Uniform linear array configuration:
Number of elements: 16
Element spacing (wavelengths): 1
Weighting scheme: binomial
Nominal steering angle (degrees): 30
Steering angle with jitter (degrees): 29.469
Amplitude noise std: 0.05
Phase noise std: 0.05

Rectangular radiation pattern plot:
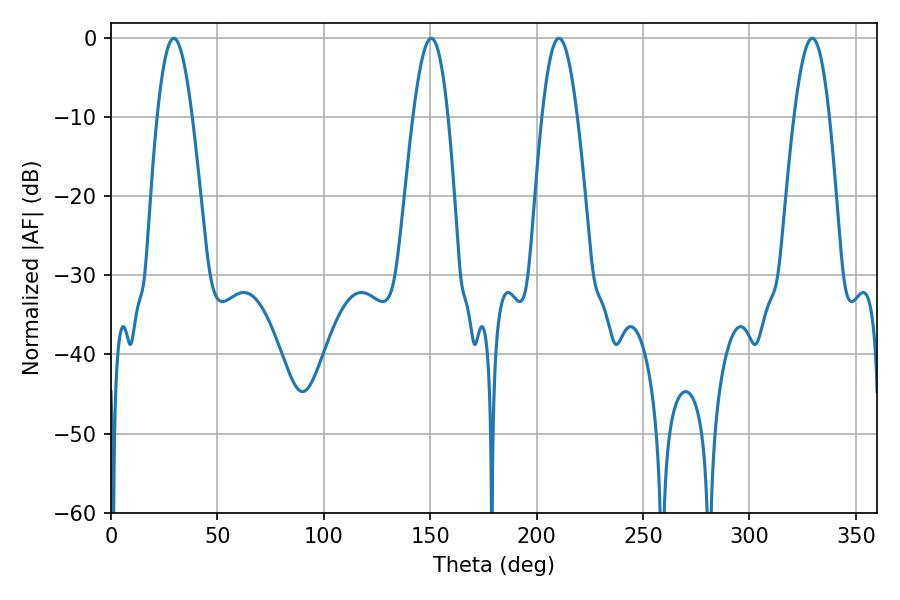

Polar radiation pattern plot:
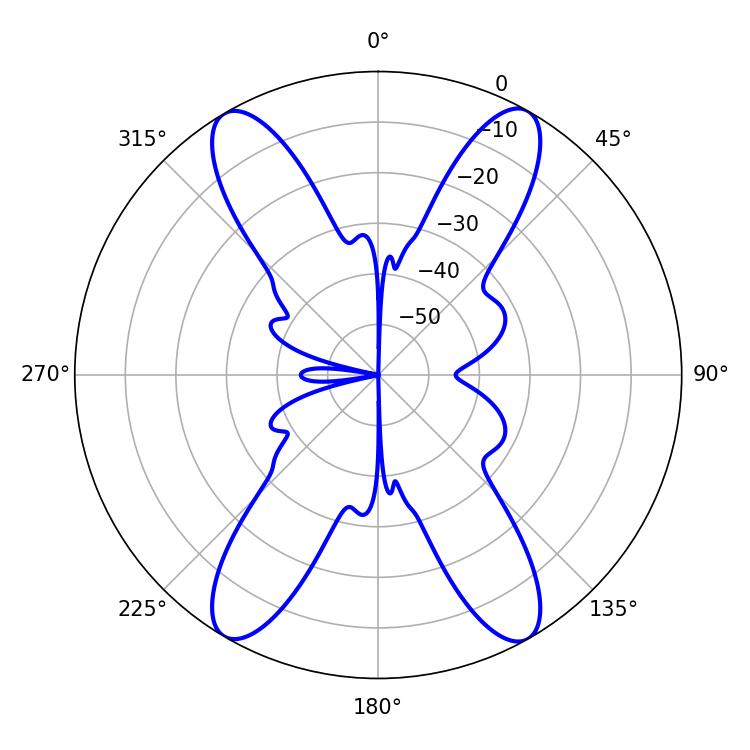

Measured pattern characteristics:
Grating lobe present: TRUE
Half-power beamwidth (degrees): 8.82
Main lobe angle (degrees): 29.52